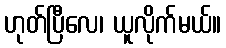
ဟုတ်ပြီလေ၊ ယူလိုက်မယ်။